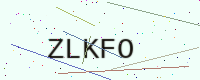
Text: ZLKFO